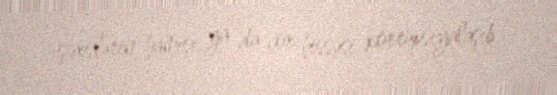
şəxslərin hamısı, ya da çox hissəsi korrupsiyalaşıb.